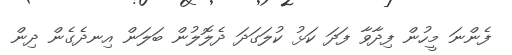
ފެންނަ މީހުން ފިދާވާ ފަދަ ކަޅު ކުލަގަދަ ދެލޮލުން ބަލަން އިނދެގެން ދިން